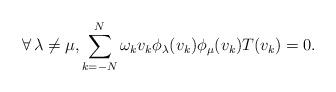
LaTeX: \begin{align*}\forall\, \lambda\neq \mu, \sum_{k=-N}^N \omega_k v_k \phi_\lambda(v_k) \phi_\mu(v_k) T(v_k) = 0.\end{align*}